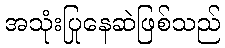
အသုံးပြုနေဆဲဖြစ်သည်